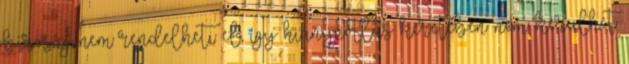
bíróság nem rendelheti el, így hiánypótlás keretében nem kerülhet